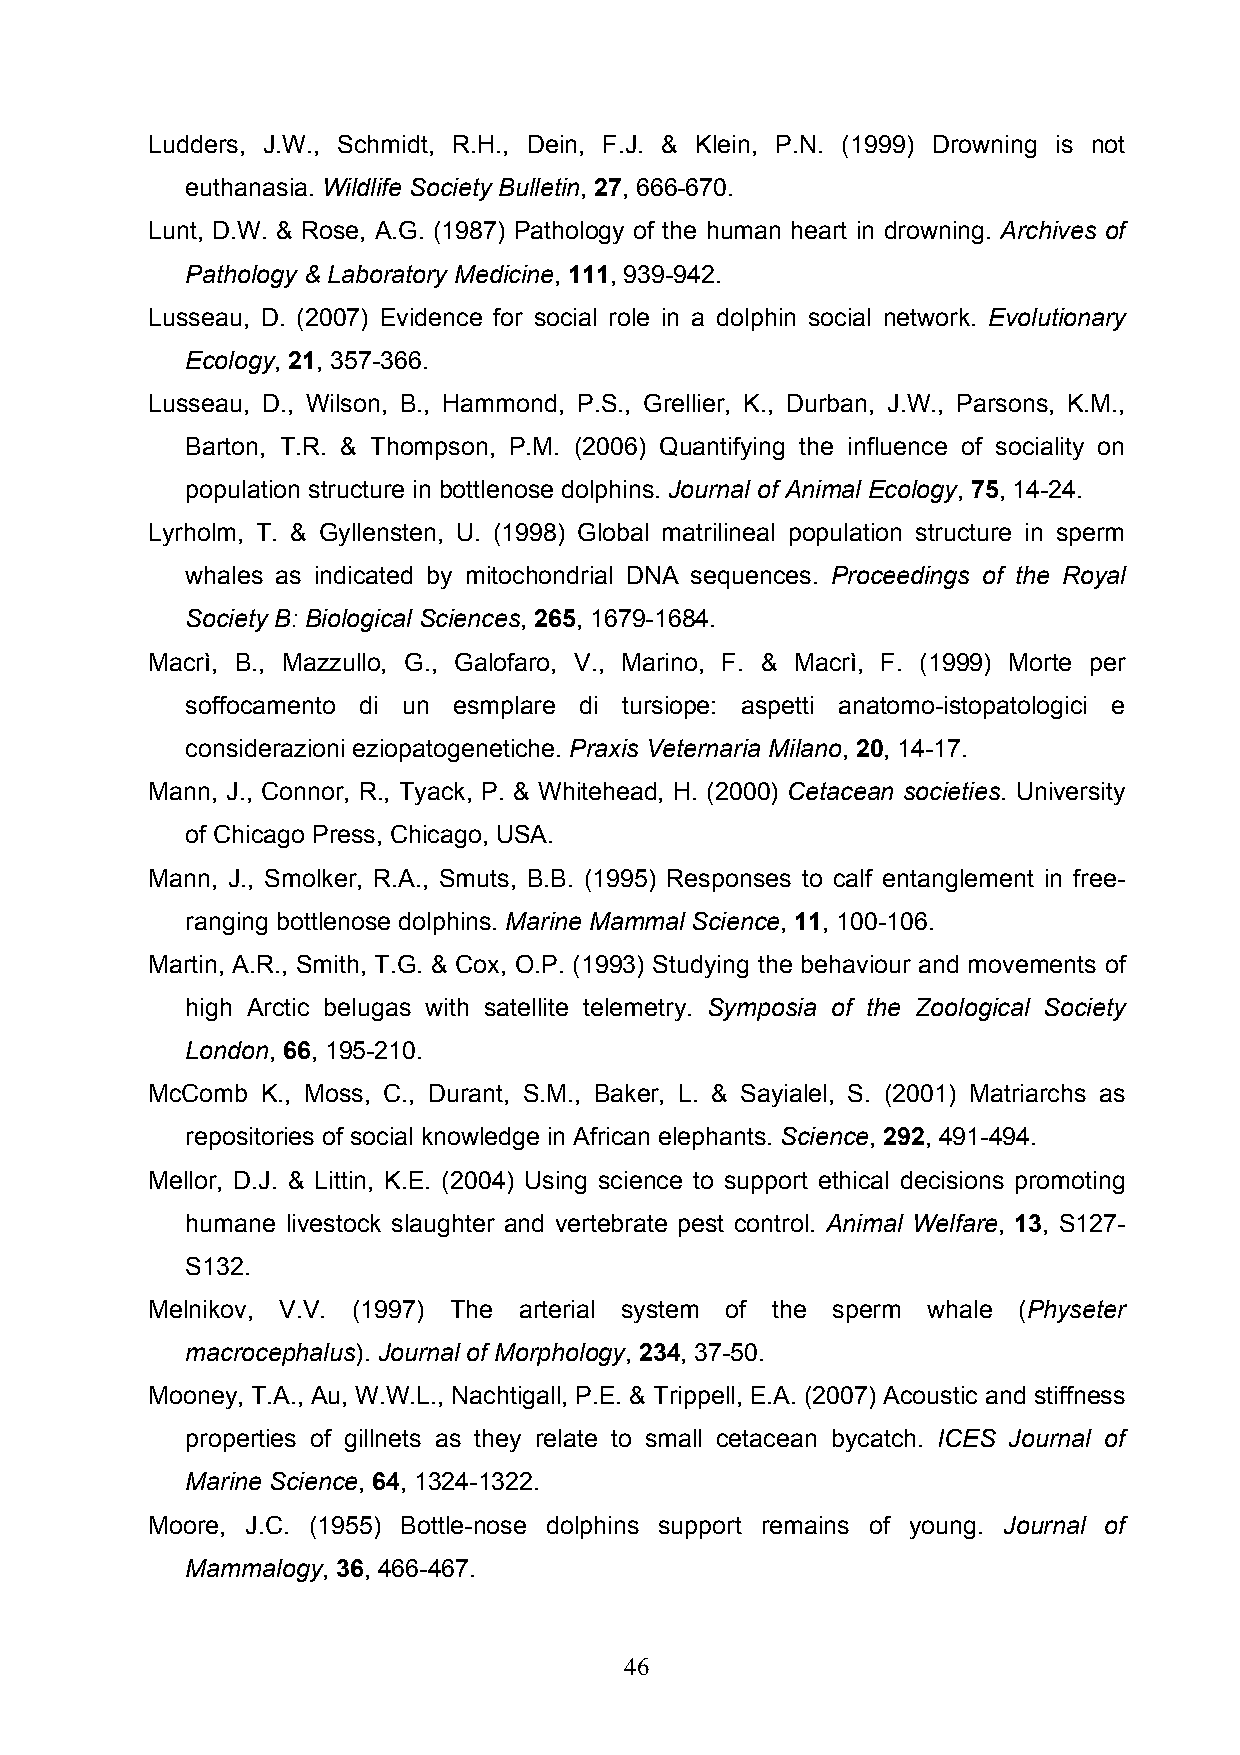
Ludders, J.W., Schmidt, R.H., Dein, F.J. & Klein, P.N. (1999) Drowning is not
 euthanasia. Wildlife Society Bulletin, 27, 666-670.
 Lunt, D.W. & Rose, A.G. (1987) Pathology of the human heart in drowning. Archives of
 Pathology & Laboratory Medicine, 111, 939-942.
 Lusseau, D. (2007) Evidence for social role in a dolphin social network. Evolutionary
 Ecology, 21, 357-366.
 Lusseau, D., Wilson, B., Hammond, P.S., Grellier, K., Durban, J.W., Parsons, K.M.,
 Barton, T.R. & Thompson, P.M. (2006) Quantifying the influence of sociality on
 population structure in bottlenose dolphins. Journal of Animal Ecology, 75, 14-24.
 Lyrholm, T. & Gyllensten, U. (1998) Global matrilineal population structure in sperm
 whales as indicated by mitochondrial DNA sequences. Proceedings of the Royal
 Society B: Biological Sciences, 265, 1679-1684.
 Macrì, B., Mazzullo, G., Galofaro, V., Marino, F. & Macrì, F. (1999) Morte per
 soffocamento di un esmplare di tursiope: aspetti anatomo-istopatologici e
 considerazioni eziopatogenetiche. Praxis Veternaria Milano, 20, 14-17.
 Mann, J., Connor, R., Tyack, P. & Whitehead, H. (2000) Cetacean societies. University
 of Chicago Press, Chicago, USA.
 Mann, J., Smolker, R.A., Smuts, B.B. (1995) Responses to calf entanglement in free-
 ranging bottlenose dolphins. Marine Mammal Science, 11, 100-106.
 Martin, A.R., Smith, T.G. & Cox, O.P. (1993) Studying the behaviour and movements of
 high Arctic belugas with satellite telemetry. Symposia of the Zoological Society
 London, 66, 195-210.
 McComb K., Moss, C., Durant, S.M., Baker, L. & Sayialel, S. (2001) Matriarchs as
 repositories of social knowledge in African elephants. Science, 292, 491-494.
 Mellor, D.J. & Littin, K.E. (2004) Using science to support ethical decisions promoting
 humane livestock slaughter and vertebrate pest control. Animal Welfare, 13, S127-
 S132.
 Melnikov, V.V. (1997) The arterial system of the sperm whale (Physeter
 macrocephalus). Journal of Morphology, 234, 37-50.
 Mooney, T.A., Au, W.W.L., Nachtigall, P.E. & Trippell, E.A. (2007) Acoustic and stiffness
 properties of gillnets as they relate to small cetacean bycatch. ICES Journal of
 Marine Science, 64, 1324-1322.
 Moore, J.C. (1955) Bottle-nose dolphins support remains of young. Journal of
 Mammalogy, 36, 466-467.
 46